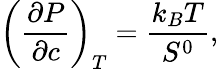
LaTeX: \left(\frac{\partial P}{\partial c}\right)_{T}=\frac{k_{B}T}{S^{0}},